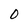
Character: 0